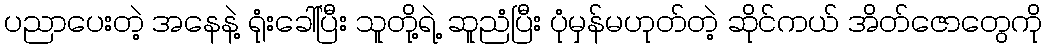
ပညာပေးတဲ့ အနေနဲ့ ရုံးခေါ်ပြီး သူတို့ရဲ့ ဆူညံပြီး ပုံမှန်မဟုတ်တဲ့ ဆိုင်ကယ် အိတ်ဇောတွေကို